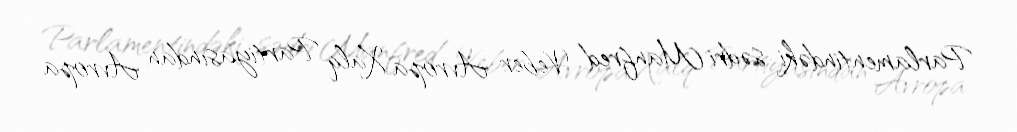
Parlamentindəki sədri Manfred Veber Avropa Xalq Partiyasından Avropa